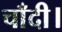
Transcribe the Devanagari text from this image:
चाँदी।